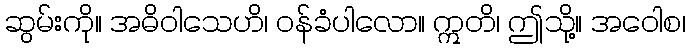
ဆွမ်းကို။ အဓိဝါသေဟိ၊ ဝန်ခံပါလော။ ဣတိ၊ ဤသို့။ အဝေါစ၊